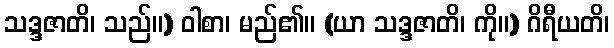
သဒ္ဒဇာတိ၊ သည်။) ဝါစာ၊ မည်၏။ (ယာ သဒ္ဒဇာတိ၊ ကို။) ဂိရီယတိ၊